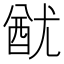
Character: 𨠫